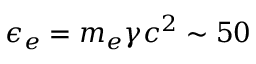
\epsilon _ { e } = m _ { e } \gamma c ^ { 2 } \sim 5 0